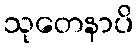
သုတေနာပိ